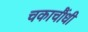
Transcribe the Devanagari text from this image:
चकाचौंधी